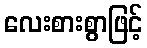
လေးစားစွာဖြင့်